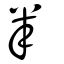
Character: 芈